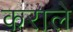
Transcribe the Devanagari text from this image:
कराले